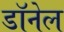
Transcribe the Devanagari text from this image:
डॉनेल